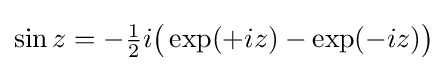
\sin {z}=-{\tfrac {1}{2}}i{\bigl (}\exp(+iz)-\exp(-iz){\bigr )}